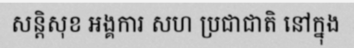
សន្តិសុខ អង្គការ សហ ប្រជាជាតិ នៅក្នុង